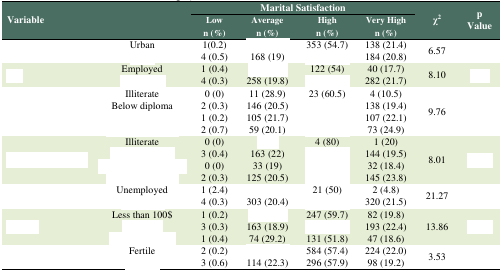
<table><thead><tr><td colspan="2" rowspan="2"><b>Variable</b></td><td colspan="4"><b>Marital Satisfaction</b></td><td rowspan="2"><b>χ<sup>2</sup></b></td><td rowspan="2"><b>p Value</b></td></tr><tr><td><b>Lown (%)</b></td><td><b>Averagen (%)</b></td><td><b>Highn (%)</b></td><td><b>Very Highn (%)</b></td></tr></thead><tbody><tr><td rowspan="2">[EMPTY_CELL]</td><td>Urban</td><td>1(0.2)</td><td>[EMPTY_CELL]</td><td>353 (54.7)</td><td>138 (21.4)</td><td rowspan="2">6.57</td><td rowspan="2">[EMPTY_CELL]</td></tr><tr><td>[EMPTY_CELL]</td><td>4 (0.5)</td><td>168 (19)</td><td>[EMPTY_CELL]</td><td>184 (20.8)</td></tr><tr><td rowspan="2">[EMPTY_CELL]</td><td>Employed</td><td>1 (0.4)</td><td>[EMPTY_CELL]</td><td>122 (54)</td><td>40 (17.7)</td><td rowspan="2">8.10</td><td rowspan="2">[EMPTY_CELL]</td></tr><tr><td>[EMPTY_CELL]</td><td>4 (0.3)</td><td>258 (19.8)</td><td>[EMPTY_CELL]</td><td>282 (21.7)</td></tr><tr><td rowspan="4">[EMPTY_CELL]</td><td>Illiterate</td><td>0 (0)</td><td>11 (28.9)</td><td>23 (60.5)</td><td>4 (10.5)</td><td rowspan="4">9.76</td><td rowspan="4">[EMPTY_CELL]</td></tr><tr><td>Below diploma</td><td>2 (0.3)</td><td>146 (20.5)</td><td>[EMPTY_CELL]</td><td>138 (19.4)</td></tr><tr><td>[EMPTY_CELL]</td><td>1 (0.2)</td><td>105 (21.7)</td><td>[EMPTY_CELL]</td><td>107 (22.1)</td></tr><tr><td>[EMPTY_CELL]</td><td>2 (0.7)</td><td>59 (20.1)</td><td>[EMPTY_CELL]</td><td>73 (24.9)</td></tr><tr><td rowspan="4">[EMPTY_CELL]</td><td>Illiterate</td><td>0 (0)</td><td>[EMPTY_CELL]</td><td>4 (80)</td><td>1 (20)</td><td rowspan="4">8.01</td><td rowspan="4">[EMPTY_CELL]</td></tr><tr><td>[EMPTY_CELL]</td><td>3 (0.4)</td><td>163 (22)</td><td>[EMPTY_CELL]</td><td>144 (19.5)</td></tr><tr><td>[EMPTY_CELL]</td><td>0 (0)</td><td>33 (19)</td><td>[EMPTY_CELL]</td><td>32 (18.4)</td></tr><tr><td>[EMPTY_CELL]</td><td>2 (0.3)</td><td>125 (20.5)</td><td>[EMPTY_CELL]</td><td>145 (23.8)</td></tr><tr><td rowspan="2">[EMPTY_CELL]</td><td>Unemployed</td><td>1 (2.4)</td><td>[EMPTY_CELL]</td><td>21 (50)</td><td>2 (4.8)</td><td rowspan="2">21.27</td><td rowspan="2">[EMPTY_CELL]</td></tr><tr><td>[EMPTY_CELL]</td><td>4 (0.3)</td><td>303 (20.4)</td><td>[EMPTY_CELL]</td><td>320 (21.5)</td></tr><tr><td rowspan="3">[EMPTY_CELL]</td><td>Less than 100$</td><td>1 (0.2)</td><td>[EMPTY_CELL]</td><td>247 (59.7)</td><td>82 (19.8)</td><td rowspan="3">13.86</td><td rowspan="3">[EMPTY_CELL]</td></tr><tr><td>[EMPTY_CELL]</td><td>3 (0.3)</td><td>163 (18.9)</td><td>[EMPTY_CELL]</td><td>193 (22.4)</td></tr><tr><td>[EMPTY_CELL]</td><td>1 (0.4)</td><td>74 (29.2)</td><td>131 (51.8)</td><td>47 (18.6)</td></tr><tr><td rowspan="2">[EMPTY_CELL]</td><td>Fertile</td><td>2 (0.2)</td><td>[EMPTY_CELL]</td><td>584 (57.4)</td><td>224 (22.0)</td><td rowspan="2">3.53</td><td rowspan="2">[EMPTY_CELL]</td></tr><tr><td>[EMPTY_CELL]</td><td>3 (0.6)</td><td>114 (22.3)</td><td>296 (57.9)</td><td>98 (19.2)</td></tr></tbody></table>